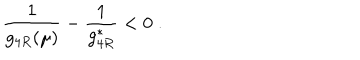
\frac { 1 } { g _ { 4 R } ( \mu ) } - \frac { 1 } { g _ { 4 R } ^ { * } } < 0 \; .